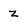
Character: z